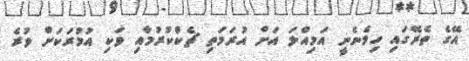
އޭގެ ތެރޭގައި ހިމެނެނީ އަމިއްލަ އަށް އުރަމަތި ޗެކްކުރުމާއި ވަކި އުމުރަކަށް ވުރެ